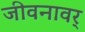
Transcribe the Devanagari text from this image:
जीवनावर्